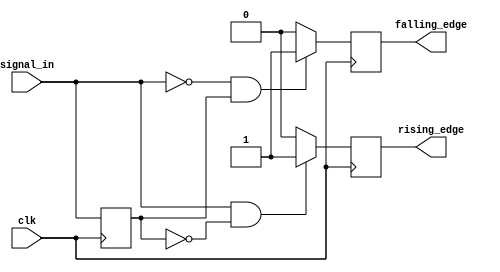
module dual_edge_detector (
    input wire clk,               // Clock signal
    input wire signal_in,         // Input signal
    output reg rising_edge,       // Rising edge output
    output reg falling_edge       // Falling edge output
);
    
    // State to hold the previous value of signal_in
    reg previous_signal_in;
    
    // Initial block to set the previous signal to a known state
    initial begin
        previous_signal_in = 1'b0; // Assuming signal_in starts low
        rising_edge = 1'b0;
        falling_edge = 1'b0;
    end
    
    // Always block for edge detection
    always @(posedge clk) begin
        // Detect rising edge
        if (signal_in && !previous_signal_in) begin
            rising_edge <= 1'b1;   // Set rising_edge high
        end else begin
            rising_edge <= 1'b0;   // Reset rising_edge
        end
        
        // Detect falling edge
        if (!signal_in && previous_signal_in) begin
            falling_edge <= 1'b1;  // Set falling_edge high
        end else begin
            falling_edge <= 1'b0;  // Reset falling_edge
        end
        
        // Update previous_signal_in for the next clock cycle
        previous_signal_in <= signal_in;
    end

endmodule